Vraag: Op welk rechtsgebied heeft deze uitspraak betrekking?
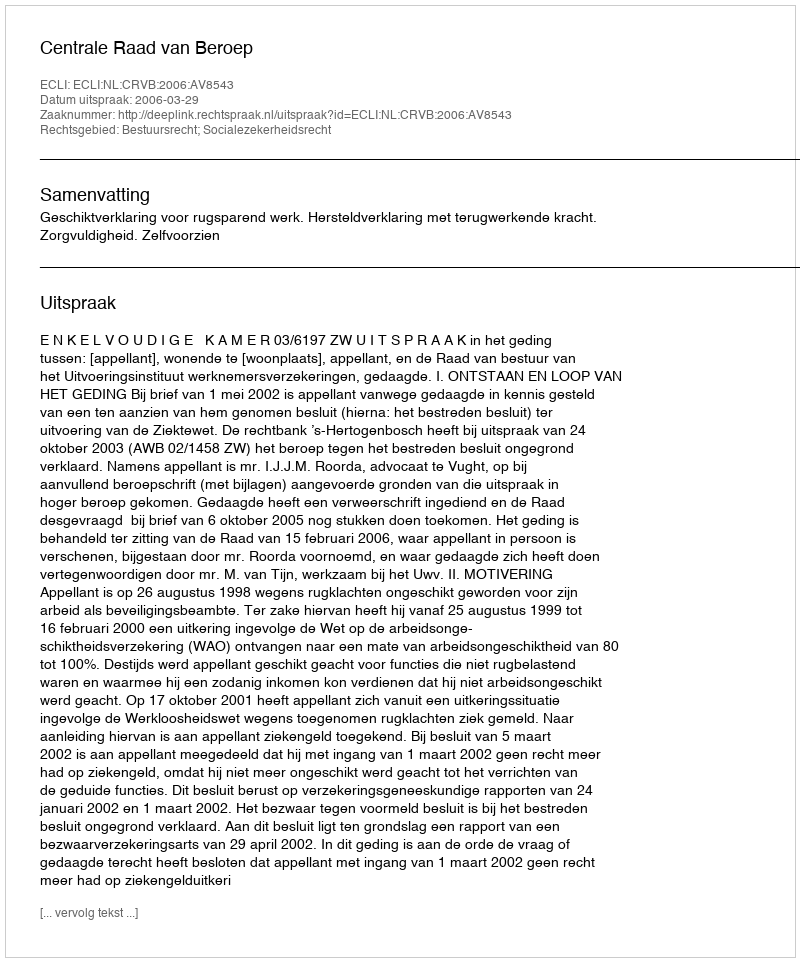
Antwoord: Bestuursrecht; Socialezekerheidsrecht